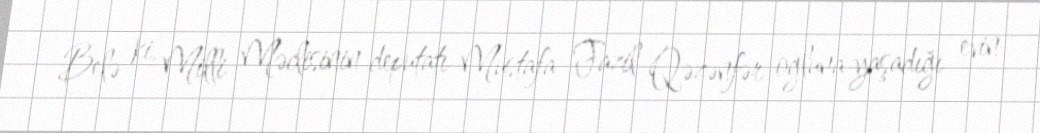
Belə ki, Milli Məclisinin deputatı Mustafa Fazil Qəzənfər oğluna yaşadığı evin